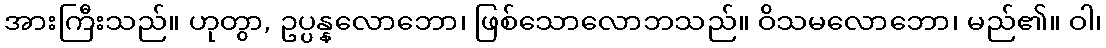
အားကြီးသည်။ ဟုတွာ, ဥပ္ပန္နလောဘော၊ ဖြစ်သောလောဘသည်။ ဝိသမလောဘော၊ မည်၏။ ဝါ၊